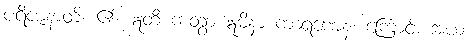
ပရိဇာနာတိ၊ ၏။ ဣတိ ကတွာ ဣမိနာ ကာရဏေန၊ ကြောင့်။ အယံ